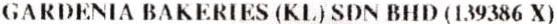
GARDENIA BAKERIES (KL) SDN BHD (139386 X)